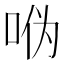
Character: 𫩳